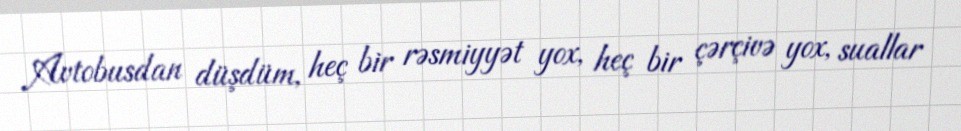
Avtobusdan düşdüm, heç bir rəsmiyyət yox, heç bir çərçivə yox, suallar